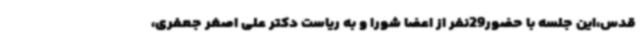
قدس،این جلسه با حضور29نفر از اعضا شورا و به ریاست دکتر علی اصغر جعفری،